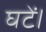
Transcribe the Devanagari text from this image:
घटें।